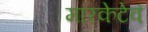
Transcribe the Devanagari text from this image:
मारकेटेवं